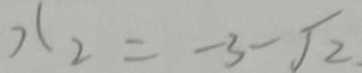
x _ { 2 } = - 3 - \sqrt { 2 }